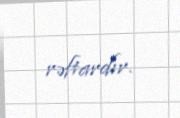
rəftardır.